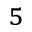
^ { 5 }